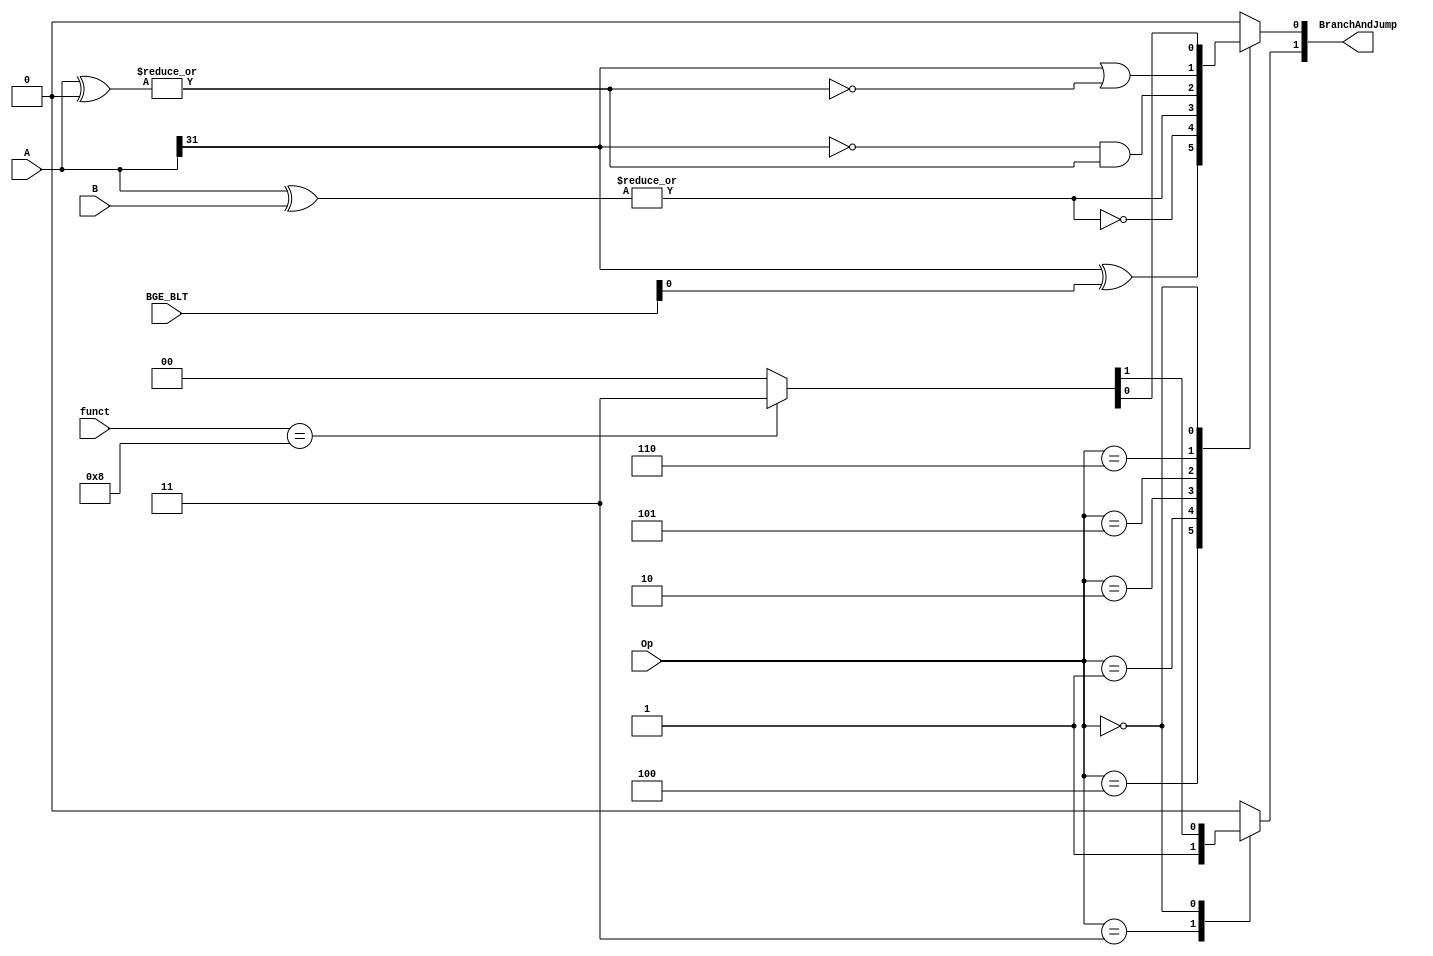
`timescale 1ns / 1ps
//////////////////////////////////////////////////////////////////////////////////
// Company: 
// Engineer: 
// 
// Design Name: 
// Module Name: BranchControlModule
// Project Name: 
// Target Devices: 
// Tool Versions: 
// Description: 
// 
// Dependencies: 
// 
// Revision:
// Revision 0.01 - File Created
// Additional Comments:
// 
//////////////////////////////////////////////////////////////////////////////////


module BranchControlModule(Op, A, B, BGE_BLT, BranchAndJump, funct 
    );
    
    input [2:0] Op;
    input [4:0] BGE_BLT;
    input [5:0] funct;
    input [31:0]  A, B;
    output reg [1:0] BranchAndJump;
    
    
    initial begin
        BranchAndJump = 0;
    end
    
    always @ * begin
    case (Op)
        3'b100: begin // bgez skipped for now
                BranchAndJump[0] = A[31] ^ BGE_BLT[0];
                BranchAndJump[1] = 0;
        end
        3'b001: begin // beq
                BranchAndJump[0] = ~(|(A ^ B));
                BranchAndJump[1] = 0;
//            if (A == B) begin
//                BranchAndJump = 2'b01;
//            end
//            else BranchAndJump = 0;
        end
        3'b010: begin // bne
                BranchAndJump[0] = (|(A ^ B));
                BranchAndJump[1] = 0;
//            if (A == B) begin
//                BranchAndJump = 0;
//            end
//            else BranchAndJump = 2'b01;
        end
        3'b101: begin // bgtz
                BranchAndJump[0] = ~A[31] & (|(A ^ 0));
                BranchAndJump[1] = 0;
        end
        3'b110: begin // blez
                BranchAndJump[0] = A[31] | ~(|(A ^ 0));
                BranchAndJump[1] = 0;
        end
        
        3'b011: begin // j
                BranchAndJump = 2'b10;
        end
        
        3'b000: begin //jr
            if (funct == 6'b001000) begin
            BranchAndJump = 2'b11;
            end
            else BranchAndJump = 0;
        end
        
        default: BranchAndJump = 0;
    endcase
    end
    
endmodule